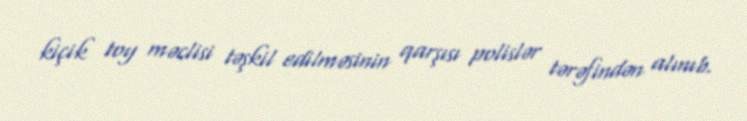
kiçik toy məclisi təşkil edilməsinin qarşısı polislər tərəfindən alınıb.